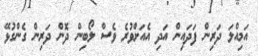
އަމިއްލަ ދަރިިން ފަދައިން އަދި އެއަށްވުރެ ވެސް ލޯބިން ދޮން ދަރިން ގެންގުޅޭ